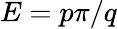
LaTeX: E=p\pi/q